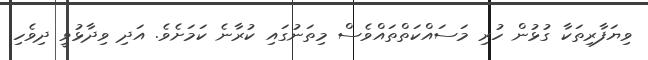
ވިޔަފާރިތަކާ ގުޅުން ހުރި މަސައްކަތްތައްވެސް މިތަނުގައި ކުރާނެ ކަމަށެވެ. އަދި ވިދާޅުވީ ދިވެހި